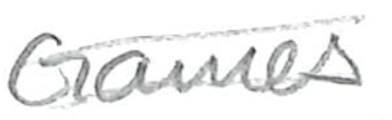
Text: Games
Cross-out: double-line
Writing tool: pencil